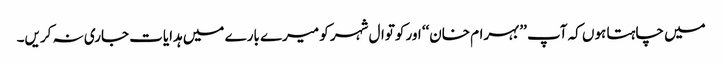
میں چاہتا ہوں کہ آپ ’’بہرام خان‘‘ اور کوتوال شہر کو میرے بارے میں ہدایات جاری نہ کریں۔